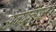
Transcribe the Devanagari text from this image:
अक्यूटँगुला